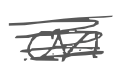
Text: on
Cross-out: scratch
Writing tool: digital_gray